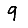
Digit: 9